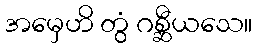
အမှေဟိ တွံ ဂစ္ဆီယသေ။